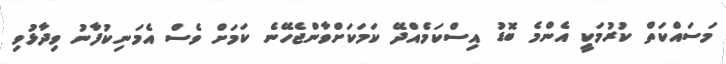
މަސައްކަތް ކުރުމަކީ އެންމެ ބޮޑު އިސްކަމެއްދޭ ކަމަކަށްވާންޖެހޭނެ ކަމަށް ވެސް އެމަނިކުފާނު ވިދާޅުވި